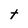
Character: t